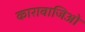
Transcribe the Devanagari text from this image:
कारावाजिओ